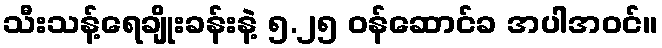
သီးသန့်ရေချိုးခန်းနဲ့ ၅.၂၅ ဝန်ဆောင်ခ အပါအဝင်။